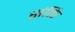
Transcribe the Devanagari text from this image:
संर्क्ति